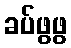
ခပ်ဖွဖွ